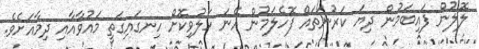
ލޮލުން ފައިބަމުން ދިޔަ ކަރުނަތައް ފޮހެލަމުން އޭނަ ހަލުވިކޮށް ހިނގައިގަތީ މައުވާއާއި ދިމާއަށެވެ.